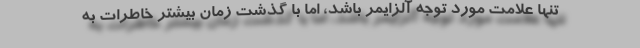
تنها علامت مورد توجه آلزایمر باشد، اما با گذشت زمان بیشتر خاطرات به